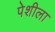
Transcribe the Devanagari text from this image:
पेशीला